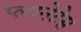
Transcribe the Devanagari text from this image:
प्लानेटेस